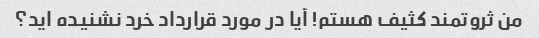
من ثروتمند کثیف هستم! آیا در مورد قرارداد خرد نشنیده اید؟